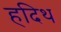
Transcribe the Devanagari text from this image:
हदिथ